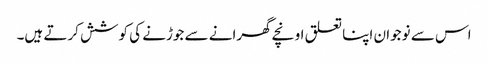
اس سے نوجوان اپنا تعلق اونچے گھرانے سے جوڑنے کی کوشش کرتے ہیں۔